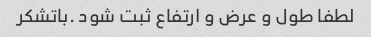
لطفا طول و عرض و ارتفاع ثبت شود .باتشکر